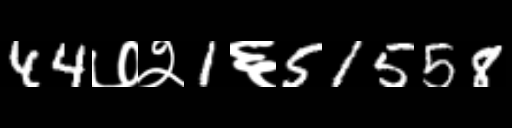
Text: 44७२1६51558